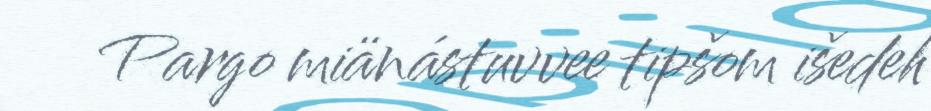
Pargo miänástuvvee tipšom išedeh